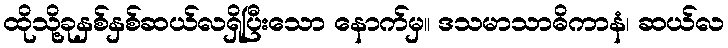
ထိုသို့ခုနှစ်နှစ်ဆယ်လရှိပြီးသော နောက်မှ။ ဒသမာသာဓိကာနံ၊ ဆယ်လ